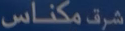
مكناس شرق